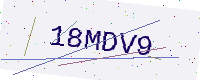
Text: 18MDV9